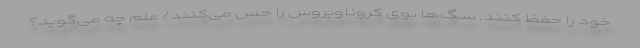
خود را حفظ کنند. سگ‌ها بوی کروناویروس را حس می‌کنند/ علم چه می‌گوید؟